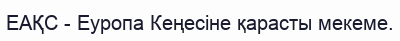
ЕАҚС - Еуропа Кеңесіне қарасты мекеме.